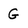
Character: G